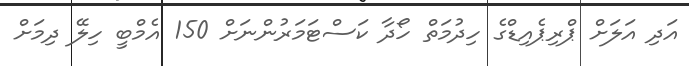
އަދި އަލަށް ޕްރިޕެއިޑްގެ ހިދުމަތް ހޯދާ ކަަސްޓަމަރުންނަށް 150 އެމްބީ ހިލޭ ދިމަށް